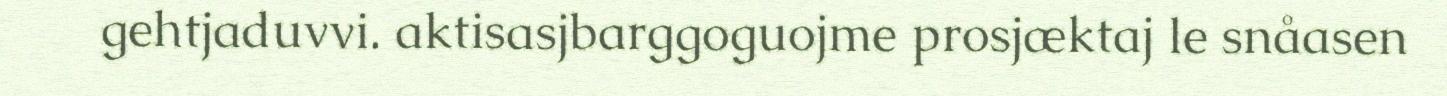
gehtjaduvvi. aktisasjbarggoguojme prosjæktaj le snåasen